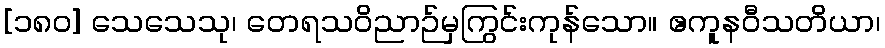
[၁၈၀] သေသေသု၊ တေရသဝိညာဉ်မှကြွင်းကုန်သော။ ဧကူနဝီသတိယာ၊